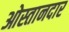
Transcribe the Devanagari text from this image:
ओस्तानदार